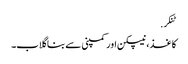
ٹنکر.
کاغذ ، نیپکن اور کمپنی سے بنا گلاب۔